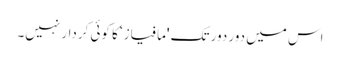
اس میں دور دور تک 'مافیاز‘ کا کوئی کردار نہیں۔